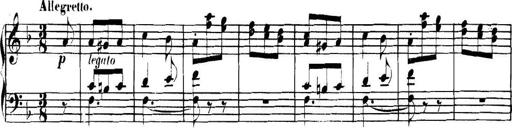
Title: Collected Piano Sonatas
Composer: Muzio Clementi